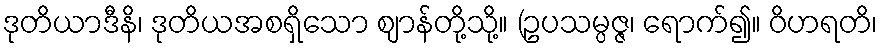
ဒုတိယာဒီနိ၊ ဒုတိယအစရှိသော ဈာန်တို့သို့။ (ဥပသမ္ပဇ္ဇ၊ ရောက်၍။ ဝိဟရတိ၊